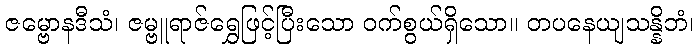
ဇမ္ဗောနဒီသံ၊ ဇမ္ဗူရာဇ်ရွှေဖြင့်ပြီးသော ဝက်စွယ်ရှိသော။ တပနေယျသန္နိဘံ၊